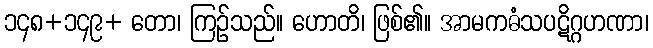
၁၄၈+၁၄၉+ တော၊ ကြဉ်သည်။ ဟောတိ၊ ဖြစ်၏။ အာမကဓံသပဋိဂ္ဂဟဏာ၊